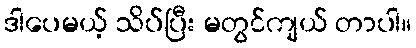
ဒါပေမယ့် သိပ်ပြီး မတွင်ကျယ် တာပါ။